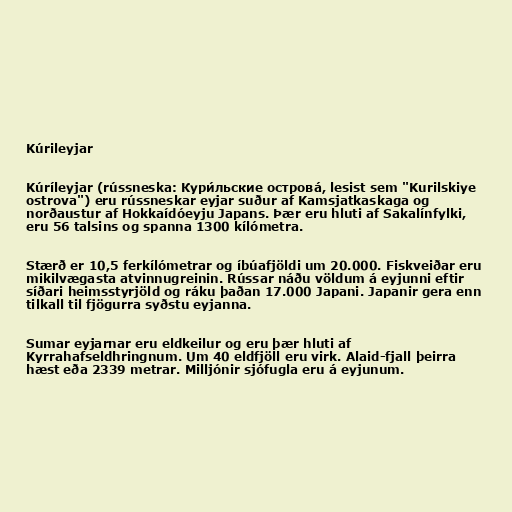
Kúrileyjar

Kúríleyjar (rússneska: Кури́льские острова́, lesist sem "Kurilskiye
ostrova") eru rússneskar eyjar suður af Kamsjatkaskaga og
norðaustur af Hokkaídóeyju Japans. Þær eru hluti af Sakalínfylki,
eru 56 talsins og spanna 1300 kílómetra.

Stærð er 10,5 ferkílómetrar og íbúafjöldi um 20.000. Fiskveiðar eru
mikilvægasta atvinnugreinin. Rússar náðu völdum á eyjunni eftir
síðari heimsstyrjöld og ráku þaðan 17.000 Japani. Japanir gera enn
tilkall til fjögurra syðstu eyjanna.

Sumar eyjarnar eru eldkeilur og eru þær hluti af
Kyrrahafseldhringnum. Um 40 eldfjöll eru virk. Alaid-fjall þeirra
hæst eða 2339 metrar. Milljónir sjófugla eru á eyjunum.